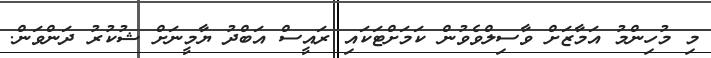
މި މުހިންމު އަމާޒަށް ވާސިލްވެވުން ކަމަށްޓަކައި ރައީސް އަބްދު ޔާމީނަށް ޝުކުރު ދަންވަން.